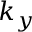
k _ { y }